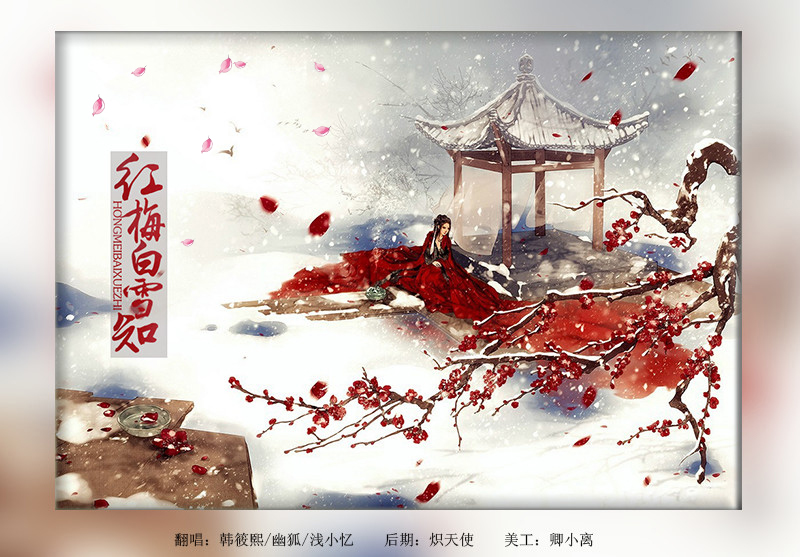
长因送人处，忆得别家时。